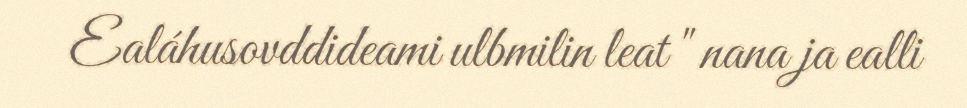
Ealáhusovddideami ulbmilin leat " nana ja ealli